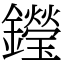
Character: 𨯗